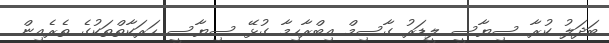
ބަދަލު ކުރާ ސިޔާސީ ލީޑަރު ގާސިމް އިބްރާހިމާ ގުޅޭ ސިޔާސީ ހަރަކާތްތަކުގެ ތެރެއިން